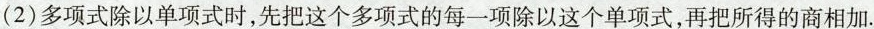
(2)多项式除以单项式时，先把这个多项式的每一项除以这个单项式，再把所得的商相加。